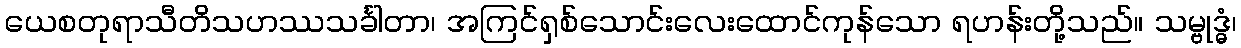
ယေစတုရာသီတိသဟဿသင်္ခါတာ၊ အကြင်ရှစ်သောင်းလေးထောင်ကုန်သော ရဟန်းတို့သည်။ သမ္ဗုဒ္ဓံ၊